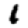
Digit: 1